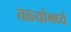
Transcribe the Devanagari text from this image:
तळ्यांमध्ये